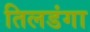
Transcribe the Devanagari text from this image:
तिलडंगा